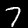
Label: 7